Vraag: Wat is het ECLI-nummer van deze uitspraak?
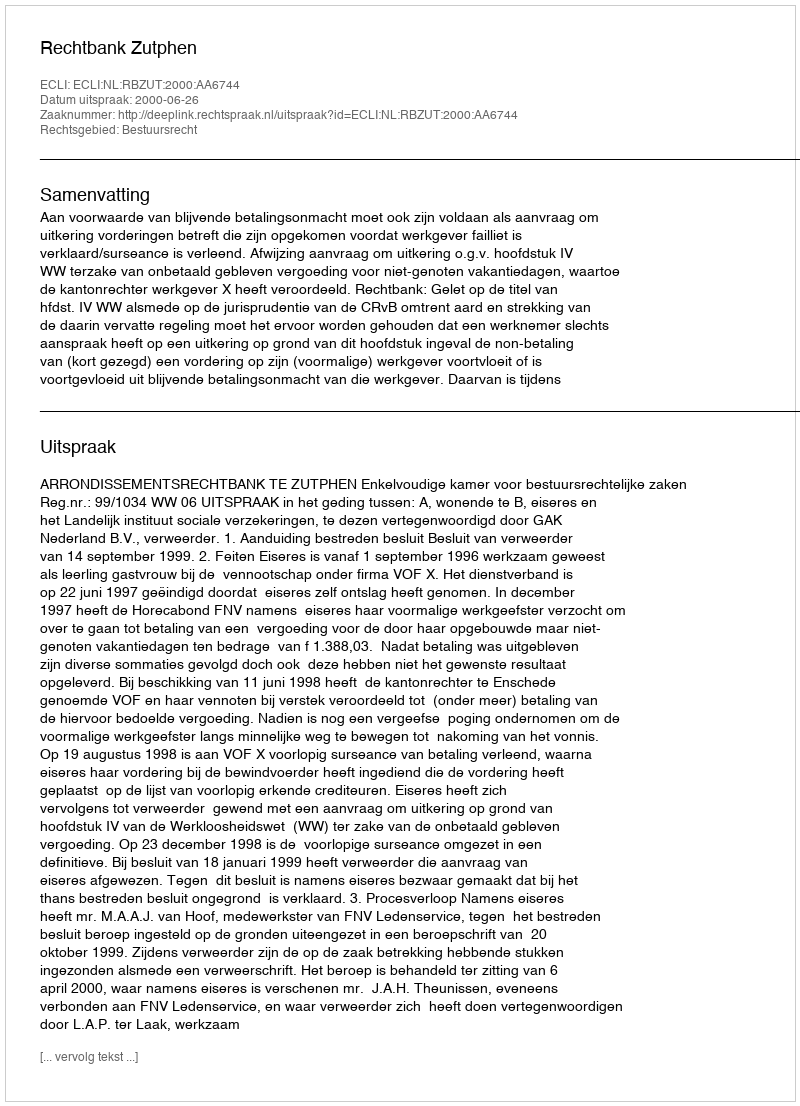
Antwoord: ECLI:NL:RBZUT:2000:AA6744